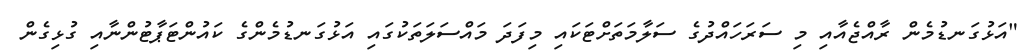
"އަޅުގަނޑުމެން ރާއްޖެއާއި މި ސަރަހައްދުގެ ސަލާމަތަށްޓަކައި މިފަދަ މައްސަލަތަކުގައި އަޅުގަނޑުމެންގެ ކައުންޓަޕާޓުންނާއި ގުޅިގެން